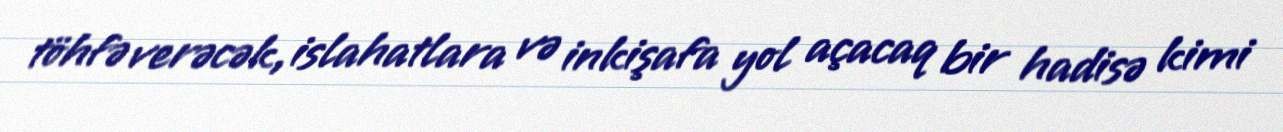
töhfə verəcək, islahatlara və inkişafa yol açacaq bir hadisə kimi